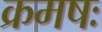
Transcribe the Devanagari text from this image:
क्रमषः